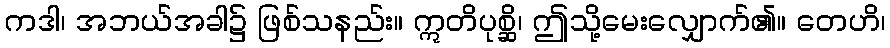
ကဒါ၊ အဘယ်အခါ၌ ဖြစ်သနည်း။ ဣတိပုစ္ဆိ၊ ဤသို့မေးလျှောက်၏။ တေဟိ၊